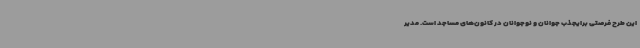
این طرح فرصتی برایجذب جوانان و نوجوانان در کانون‌های مساجد است. مدیر